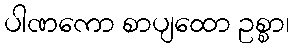
ပါဏကော စာပျထော ဥစ္စာ၊